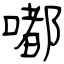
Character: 嘟